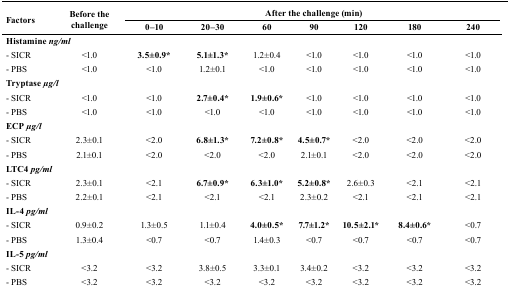
| <ROWSPAN=2> Factors | <ROWSPAN=2> Before the challenge | <COLSPAN=7> After the challenge (min) |
 | 0–10 | 20–30 | 60 | 90 | 120 | 180 | 240 |
 | --- | --- | --- | --- | --- | --- | --- | --- | --- |
 | Histamine ng/ml |  |  |  |  |  |  |  |  |
 | - SICR | <1.0 | 3.5±0.9* | 5.1±1.3* | 1.2±0.4 | <1.0 | <1.0 | <1.0 | <1.0 |
 | - PBS | <1.0 | <1.0 | 1.2±0.1 | <1.0 | <1.0 | <1.0 | <1.0 | <1.0 |
 | Tryptase μg/l |  |  |  |  |  |  |  |  |
 | - SICR | <1.0 | <1.0 | 2.7±0.4* | 1.9±0.6* | <1.0 | <1.0 | <1.0 | <1.0 |
 | - PBS | <1.0 | <1.0 | <1.0 | <1.0 | <1.0 | <1.0 | <1.0 | <1.0 |
 | ECP μg/l |  |  |  |  |  |  |  |  |
 | - SICR | 2.3±0.1 | <2.0 | 6.8±1.3* | 7.2±0.8* | 4.5±0.7* | <2.0 | <2.0 | <2.0 |
 | - PBS | 2.1±0.1 | <2.0 | <2.0 | <2.0 | 2.1±0.1 | <2.0 | <2.0 | <2.0 |
 | LTC4 pg/ml |  |  |  |  |  |  |  |  |
 | - SICR | 2.3±0.1 | <2.1 | 6.7±0.9* | 6.3±1.0* | 5.2±0.8* | 2.6±0.3 | <2.1 | <2.1 |
 | - PBS | 2.2±0.1 | <2.1 | <2.1 | <2.1 | 2.3±0.2 | <2.1 | <2.1 | <2.1 |
 | IL-4 pg/ml |  |  |  |  |  |  |  |  |
 | - SICR | 0.9±0.2 | 1.3±0.5 | 1.1±0.4 | 4.0±0.5* | 7.7±1.2* | 10.5±2.1* | 8.4±0.6* | <0.7 |
 | - PBS | 1.3±0.4 | <0.7 | <0.7 | 1.4±0.3 | <0.7 | <0.7 | <0.7 | <0.7 |
 | IL-5 pg/ml |  |  |  |  |  |  |  |  |
 | - SICR | <3.2 | <3.2 | 3.8±0.5 | 3.3±0.1 | 3.4±0.2 | <3.2 | <3.2 | <3.2 |
 | - PBS | <3.2 | <3.2 | <3.2 | <3.2 | <3.2 | <3.2 | <3.2 | <3.2 |